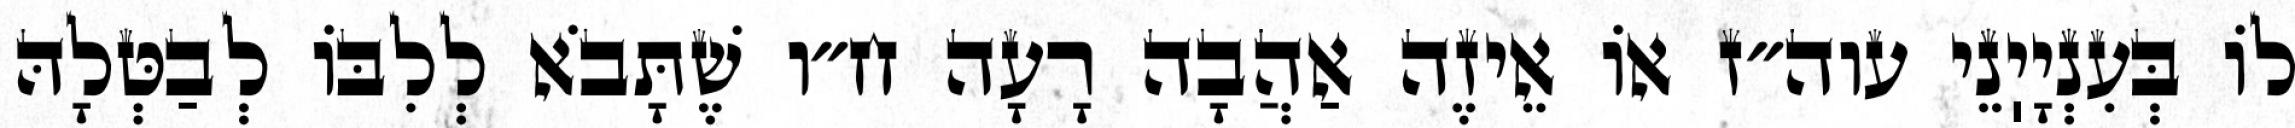
לוֹ בְּעִנְיָיֽנֵי עוה״ז אוֹ אֵיזֶה אַהֲבָה רָעָה ח״ו שֶׁתָּבֹא לְלִבּוֹ לְבַטְּלָהּ